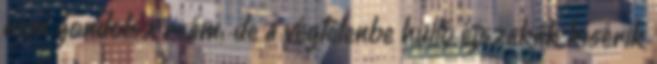
nem gondolsz reám; de a végtelenbe hulló éjszakák kísérik